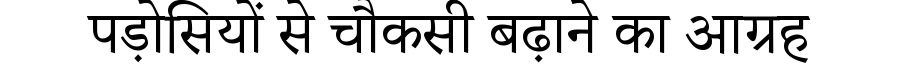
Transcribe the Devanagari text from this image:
पड़ोसियों से चौकसी बढ़ाने का आग्रह